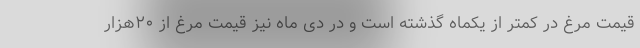
قیمت مرغ در کمتر از یکماه گذشته است و در دی ماه نیز قیمت مرغ از ۲۰هزار